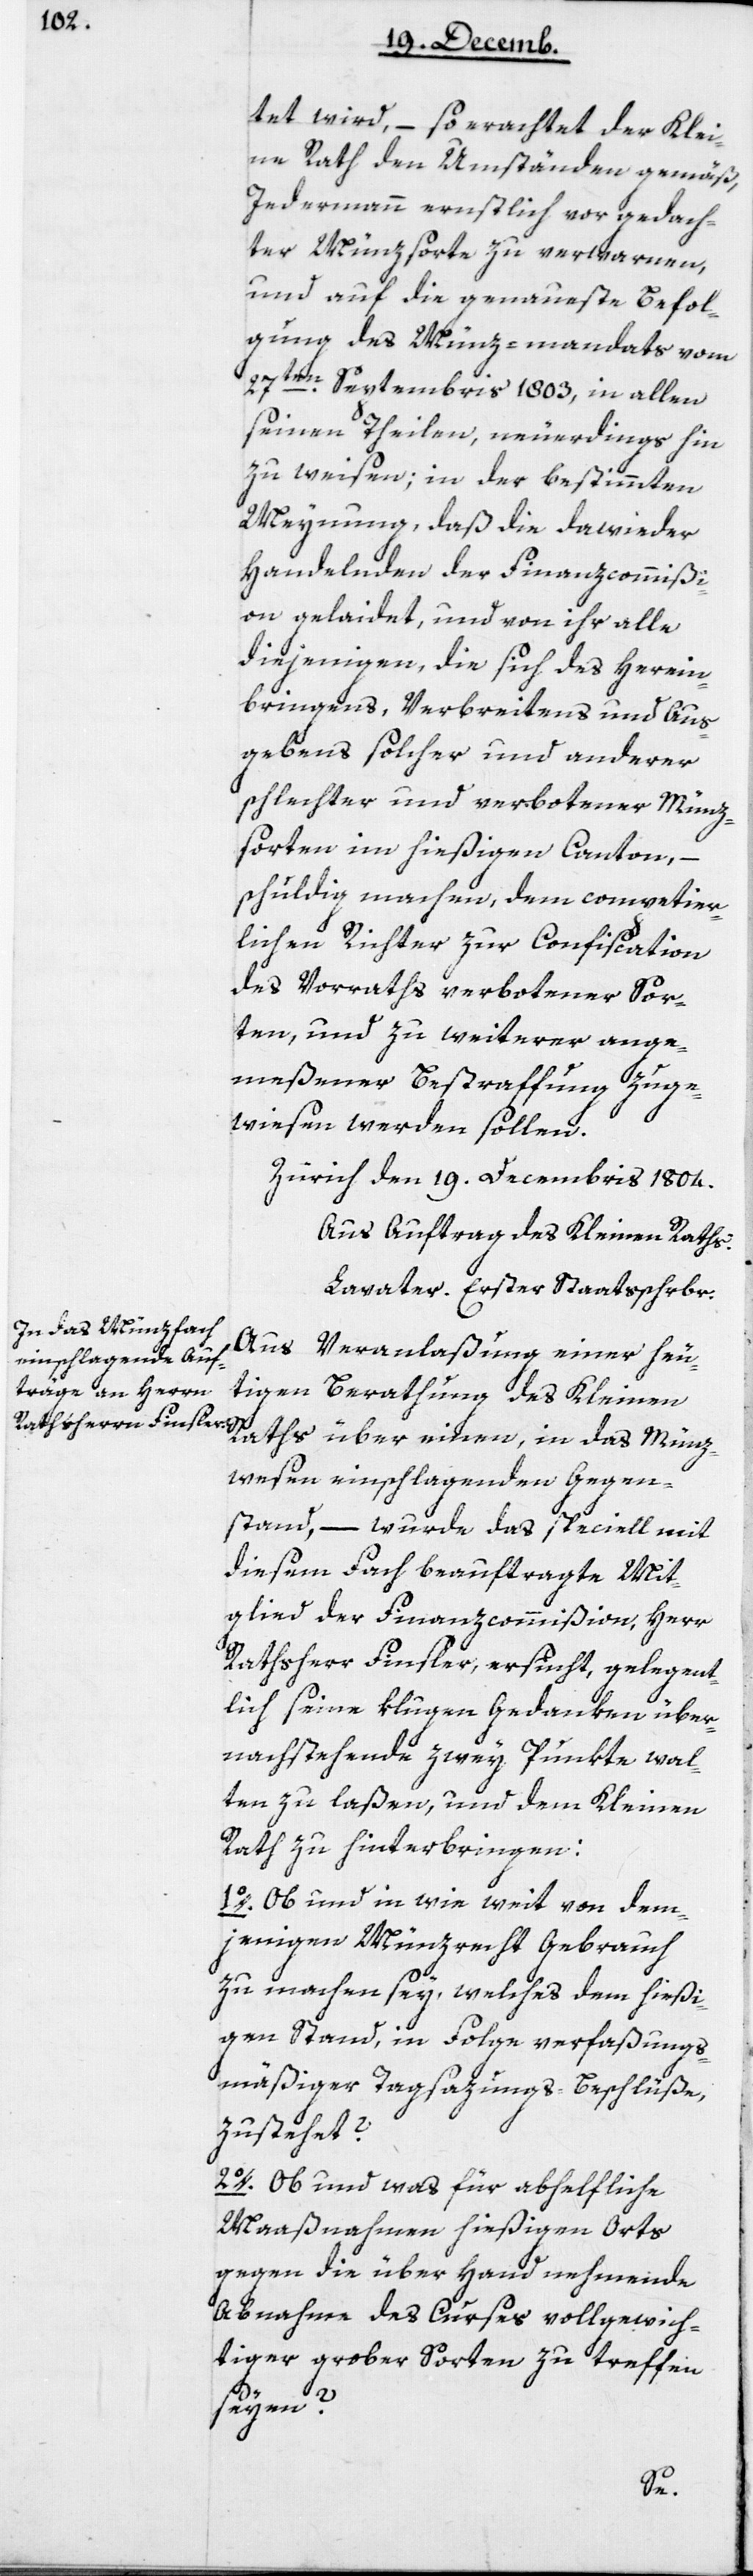
tet wird, – so erachtet der Klei¬
ne Rath den Umständen gemäß,
Jedermann ernstlich vor gedach¬
ter Münzsorte zu verwarnen,
und auf die genaueste Befol¬
gung des Münz-mandats vom
27ten Septembris 1803, in allen
seinen Theilen, neuerdings hin¬
zuweisen, in der bestimmten
Meynung, daß die dawieder
Handelnden der Finanzcommißi¬
on gelaidet, und von ihr alle
diejenigen, die sich des Herein¬
bringens, Verbreitens und Aus¬
gebens solcher und anderer
schlechter und verbotener Münz¬
sorten im hießigen Canton, –
schuldig machen, dem competier¬
lichen Richter zur Confiscation
des Vorraths verbotener Sor¬
ten, und zu weiterer ange¬
meßener Bestraffung zuge¬
wiesen werden sollen.
Zürich den 19ten Decembris 1804.
Aus Auftrag des Kleinen Raths:
Lavater, Erster Staatsschreiber.
Aus Veranlaßung einer heu¬
tigen Berathung des Kleinen
Raths über einen, in das Münz¬
wesen einschlagenden Gegen¬
stand, – wurde das speciell mit
diesem Fach beauftragte Mit¬
glied der Finanzcommißion, Herr
Rathsherr Finsler, ersucht, gelegent¬
lich seine klugen Gedanken über
nachstehende zwey Punkte wal¬
ten zu laßen, und dem Kleinen
Rath zu hinterbringen:
1. Ob und in wie weit von dem¬
jenigen Münzrecht Gebrauch
zu machen sey, welches dem hießi¬
gen Stand, in Folge verfaßungs¬
mäßiger Tagsazungs-Beschlüße,
zustehet?
2. Ob und was für abhelfliche
Maaßnahmen hießigen Orts
gegen die überhand nehmende
Abnahme des Curses vollgewich¬
tiger grober Sorten zu treffen
seyen?